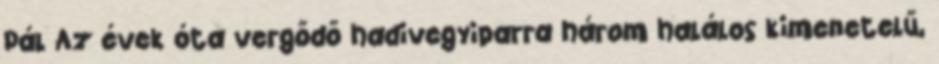
Pál Az évek óta vergődő hadivegyiparra három halálos kimenetelű,